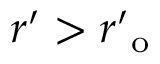
r ^ { \prime } > r _ { \mathrm { ~ o ~ } } ^ { \prime }